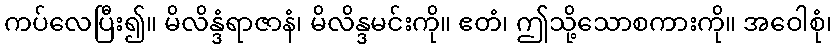
ကပ်လေပြီး၍။ မိလိန္ဒံရာဇာနံ၊ မိလိန္ဒမင်းကို။ ဧတံ၊ ဤသို့သောစကားကို။ အဝေါစုံ၊